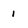
Character: 1